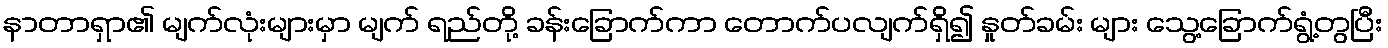
နာတာရှာ၏ မျက်လုံးများမှာ မျက် ရည်တို့ ခန်းခြောက်ကာ တောက်ပလျက်ရှိ၍ နှုတ်ခမ်း များ သွေ့ခြောက်ရွံ့တွပြီး